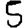
Digit: 5